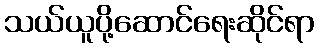
သယ်ယူပို့ဆောင်ရေးဆိုင်ရာ